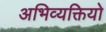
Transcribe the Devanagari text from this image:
अभिव्यक्तियो